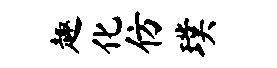
趣化仿璞